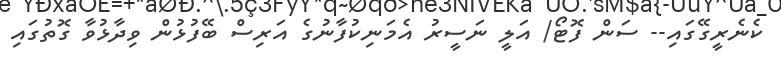
ކެނެރީގޭގައި-- ސަން ފޮޓޯ/ އަލީ ނަސީރު އެމަނިކުފާނުގެ އަރިސް ބޭފުޅުން ވިދާޅުވާ ގޮތުގައި